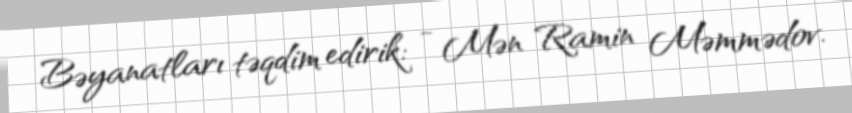
Bəyanatları təqdim edirik: - Mən Ramin Məmmədov.